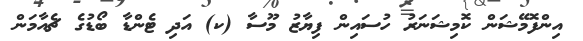
އިންފޮމޭޝަން ކޮމިޝަނަރު ހުސައިން ފިޔާޒު މޫސާ (ކ) އަދި ޓެންޑާ ބޯޑުގެ ޗެއާމަން